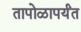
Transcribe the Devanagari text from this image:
तापोळापर्यंत